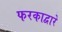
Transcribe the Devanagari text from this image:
फरकाद्वारे